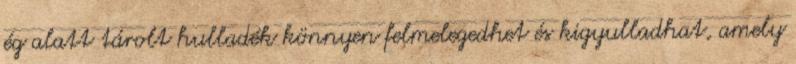
ég alatt tárolt hulladék könnyen felmelegedhet és kigyulladhat, amely